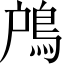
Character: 𩿇